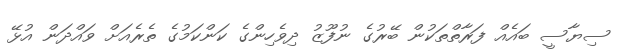
ސިޔާސީ ބައެއް ފަރާތްތަކުން ބޭރުގެ ނުފޫޒު ދިވެހިންގެ ކަންކަމުގެ ތެރެއަށް ވައްދަން އުޅޭ